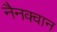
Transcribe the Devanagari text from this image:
नैनक्वान